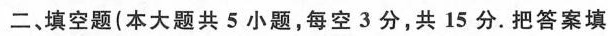
二、填空题(本大题共5小题，每空3分，共15分。把答案填